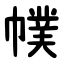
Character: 幞